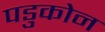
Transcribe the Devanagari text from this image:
पडुकोन